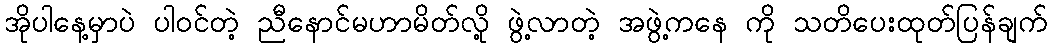
အိုပါနေ့မှာပဲ ပါဝင်တဲ့ ညီနောင်မဟာမိတ်လို့ ဖွဲ့လာတဲ့ အဖွဲ့ကနေ ကို သတိပေးထုတ်ပြန်ချက်